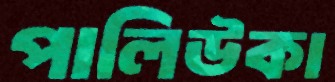
পালিউকা